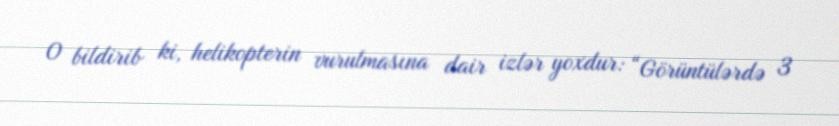
O bildirib ki, helikopterin vurulmasına dair izlər yoxdur: “Görüntülərdə 3